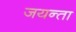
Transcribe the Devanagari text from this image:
जयन्ता